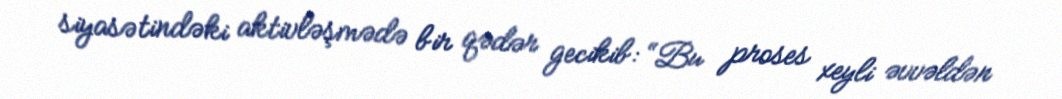
siyasətindəki aktivləşmədə bir qədər gecikib: “Bu proses xeyli əvvəldən